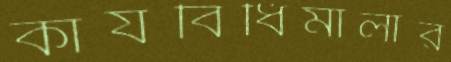
কার্যবিধিমালার